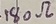
Text: 180Ω